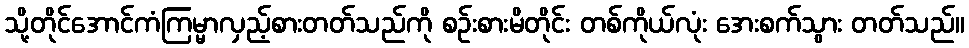
သို့တိုင်အောင်ကံကြမ္မာလှည့်စားတတ်သည်ကို စဉ်းစားမိတိုင်း တစ်ကိုယ်လုံး အေးစက်သွား တတ်သည်။